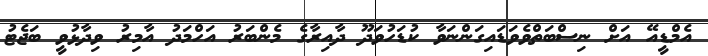
އެމްޑީއޭ އަށް ނިސްބަތްވެެވަޑައިގަންނަވާ ކުޑަހުވަދޫ ދާއިރާގެ މެންބަރު އަހްމަދު އާމިރު ވިދާޅުވީ ބަޖެޓު